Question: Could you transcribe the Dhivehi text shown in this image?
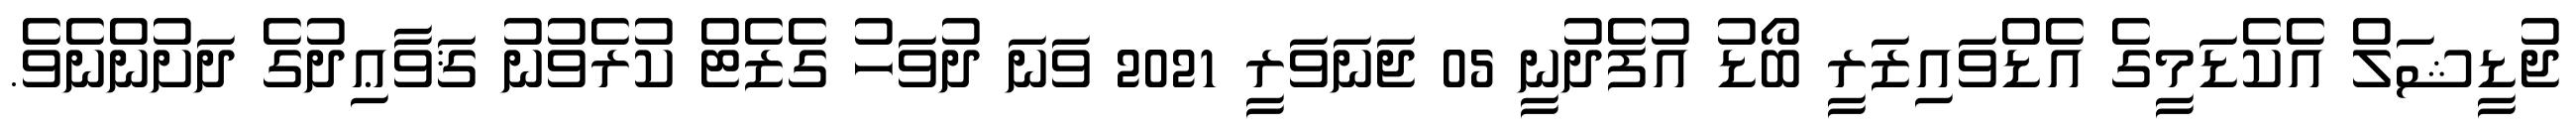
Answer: ޖުޑީޝަލް އެކެޑަމީގެ އެޑްވައިޒަރީ ބޯޑު އުފެދުނީ 05 ޖަނަވަރީ 2021 ވަނަ ދުވަހު ގެޒެޓް ކުރެވުނު ޤަވާޢިދުގެ ދަށުންނެވެ.